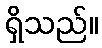
ရှိသည်။